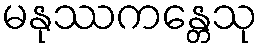
မနုဿကန္တေသု